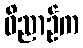
ဝိညာဉ်က